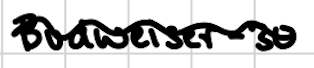
Text: Budweiser-30
Cross-out: wave
Writing tool: digital_black